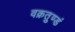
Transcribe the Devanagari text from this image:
वक्रतुण्डं